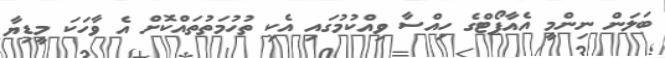
ބަލަން ނިންމީ އެއާޕޯޓްގެ ހިއްސާ ވިއްކުމުގައި އެކި ތުހުމަތުތައްކޮށް އެ ވާހަކަ މީޑިޔާ